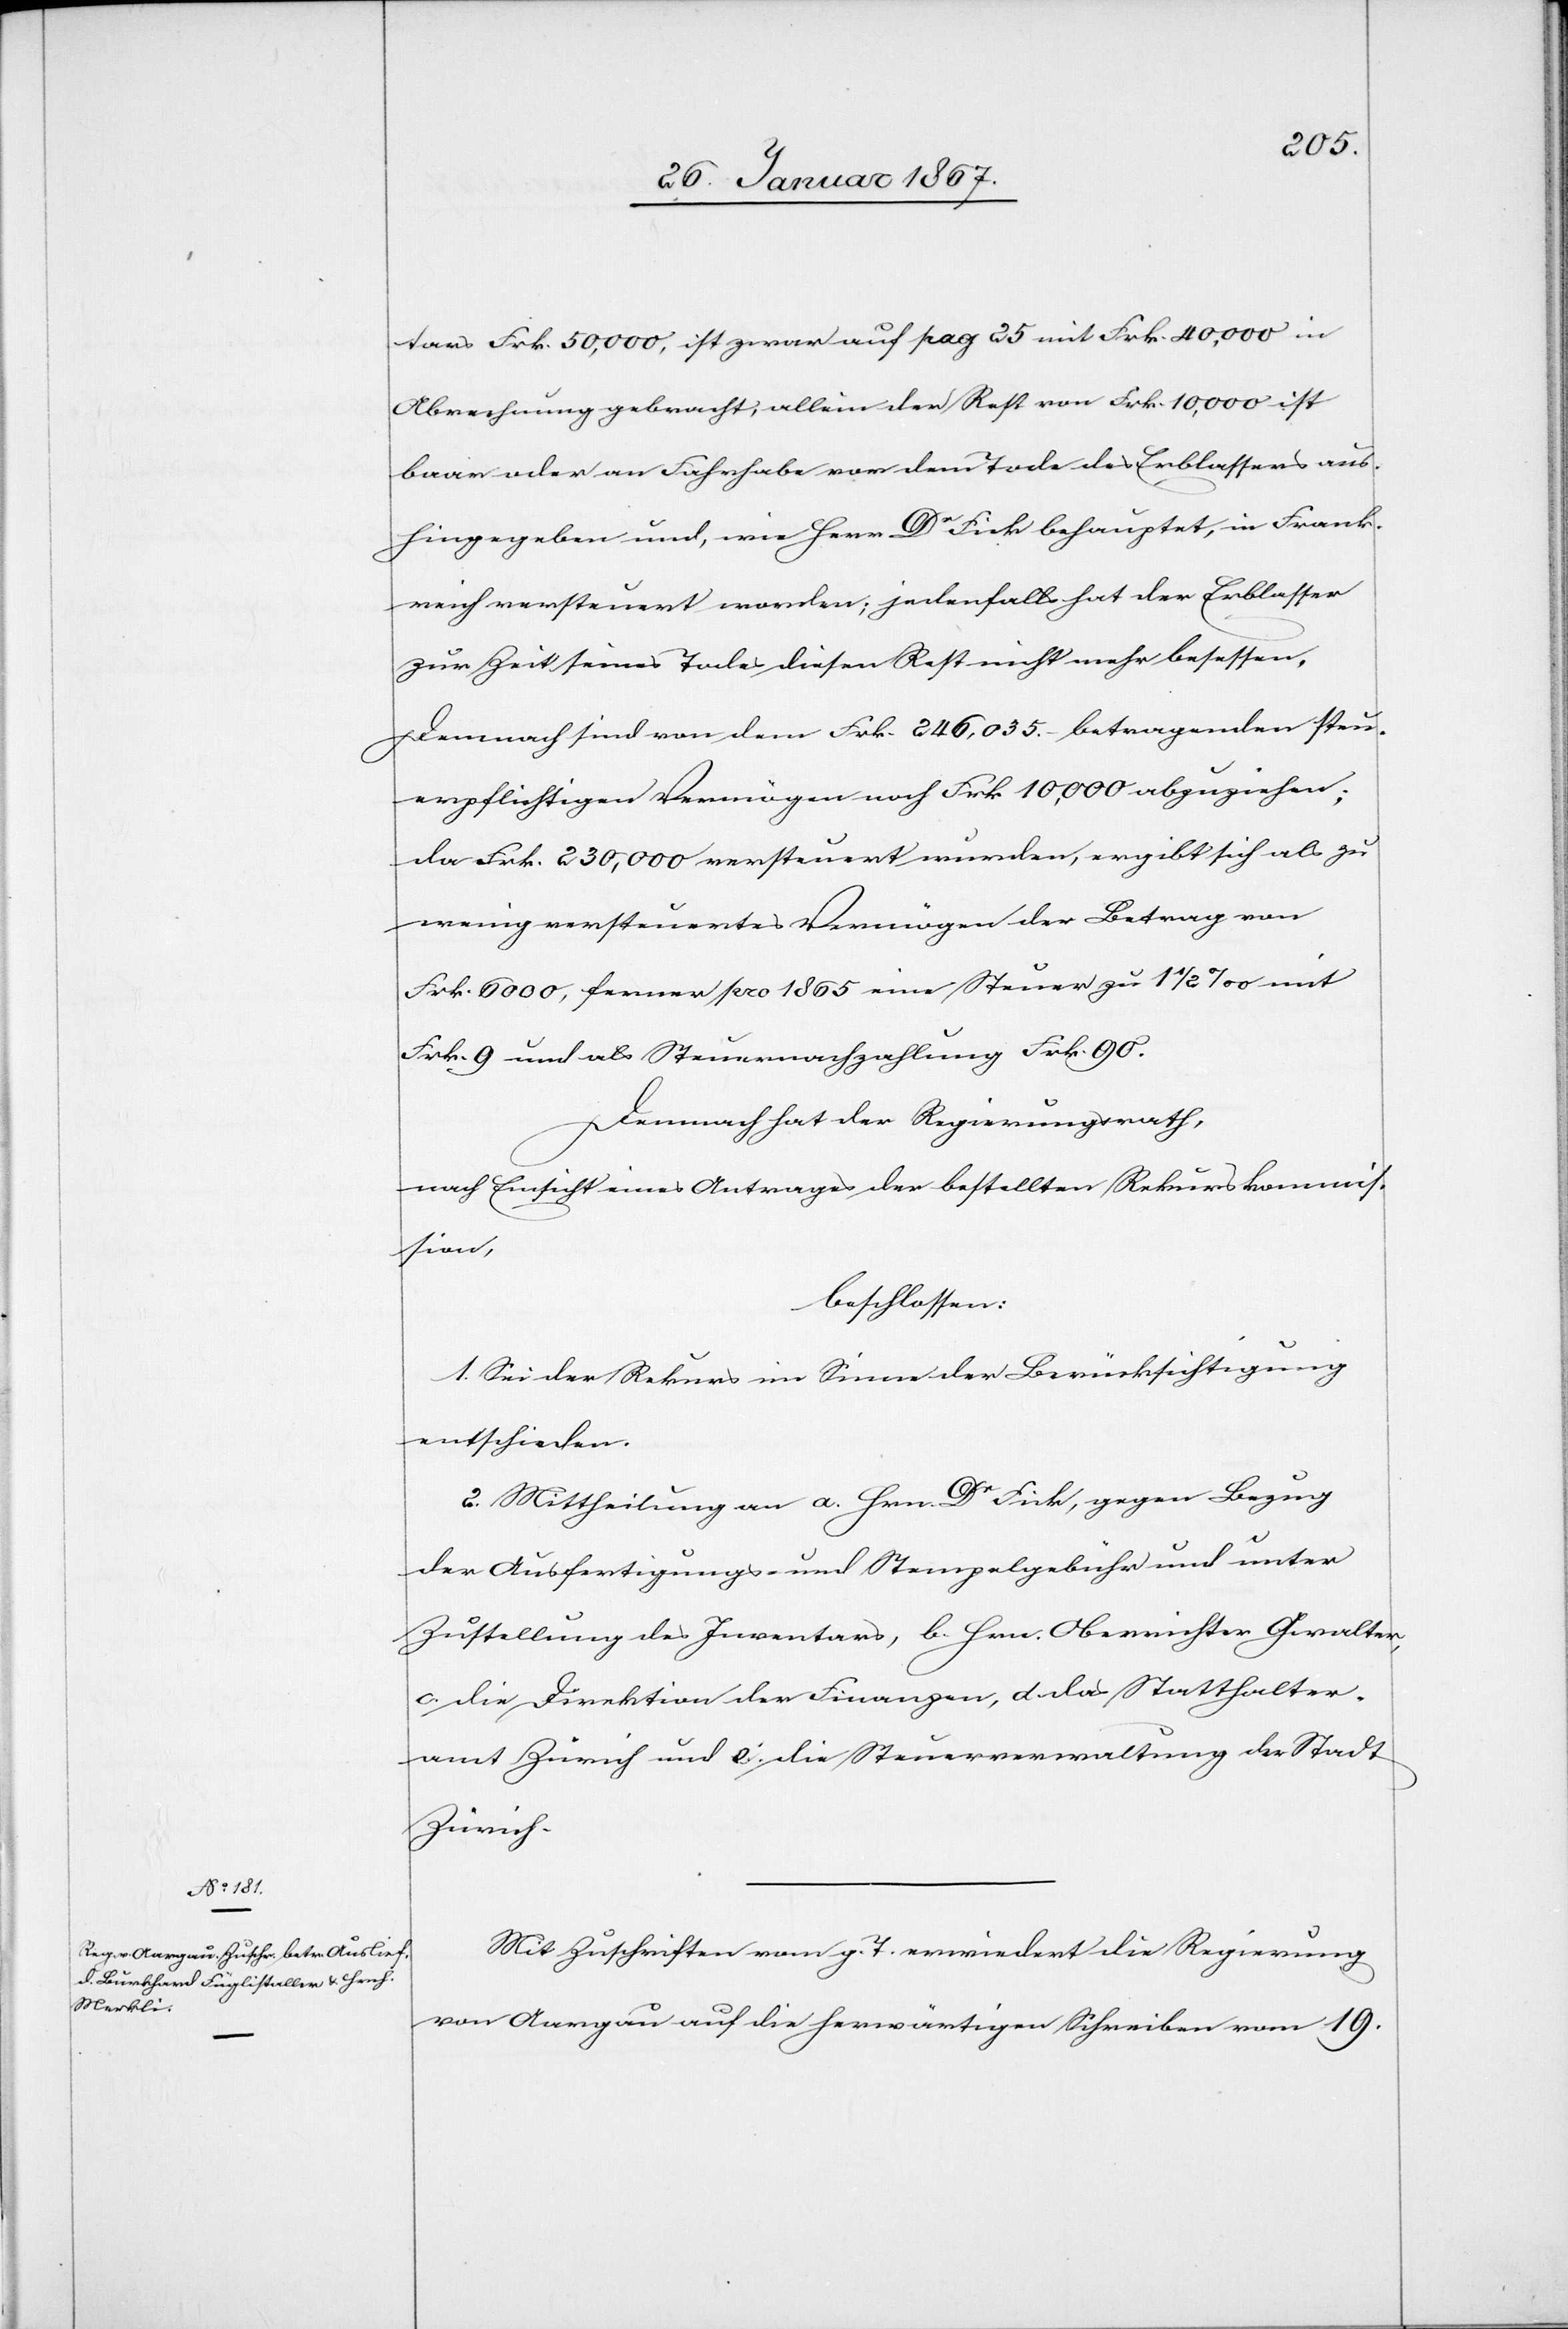
tars Frk. 50,000, ist zwar auf pag 25 mit Frk. 40,000 in
Abrechnung gebracht, allein der Rest von Frk. 10,000 ist
baar oder an Fahrhabe vor dem Tode des Erblassers aus¬
hingegeben und, wie Herr Dr Fick behauptet, in Frank¬
reich versteuert worden; jedenfalls hat der Erblasser
zur Zeit seines Todes diesen Rest nicht mehr besessen.
Demnach sind von dem Frk. 246,035.– betragenden steu¬
erpflichtigen Vermögen noch Frk. 10,000 abzuziehen;
da Frk. 230,000 versteuert wurden, ergibt sich als zu
wenig versteuertes Vermögen der Betrag von
Frk. 6000, ferner pro 1865 eine Steuer zu 1 1/2 0/00 mit
Frk. 9 und als Steuernachzahlung Frk. 90.
Demnach hat der Regierungsrath,
nach Einsicht eines Antrages der bestellten Rekurskommis¬
sion,
beschlossen:
1. Sei der Rekurs im Sinne der Berücksichtigung
entschieden.
2. Mittheilung an a. Hrn. Dr Fick, gegen Bezug
der Ausfertigungs- und Stempelgebühren und unter
Zustellung des Inventars, b. Hrn. Oberrichter Gwalter,
c. die Direktion der Finanzen, d. das Statthalter¬
amt Zürich und e. die Steuerverwaltung der Stadt
Zürich.
Mit Zuschrift vom g. T. erwiedert die Regierung
von Aargau auf die herwärtigen Schreiben vom 19.